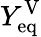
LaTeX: Y_{\mathrm{eq}}^{\mathrm{V}}